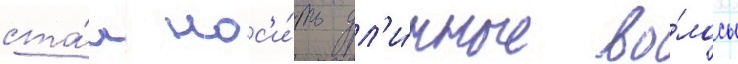
ста́л нос'и́ть дл'и́нные во́лосы